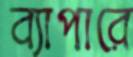
ব্যাপারে